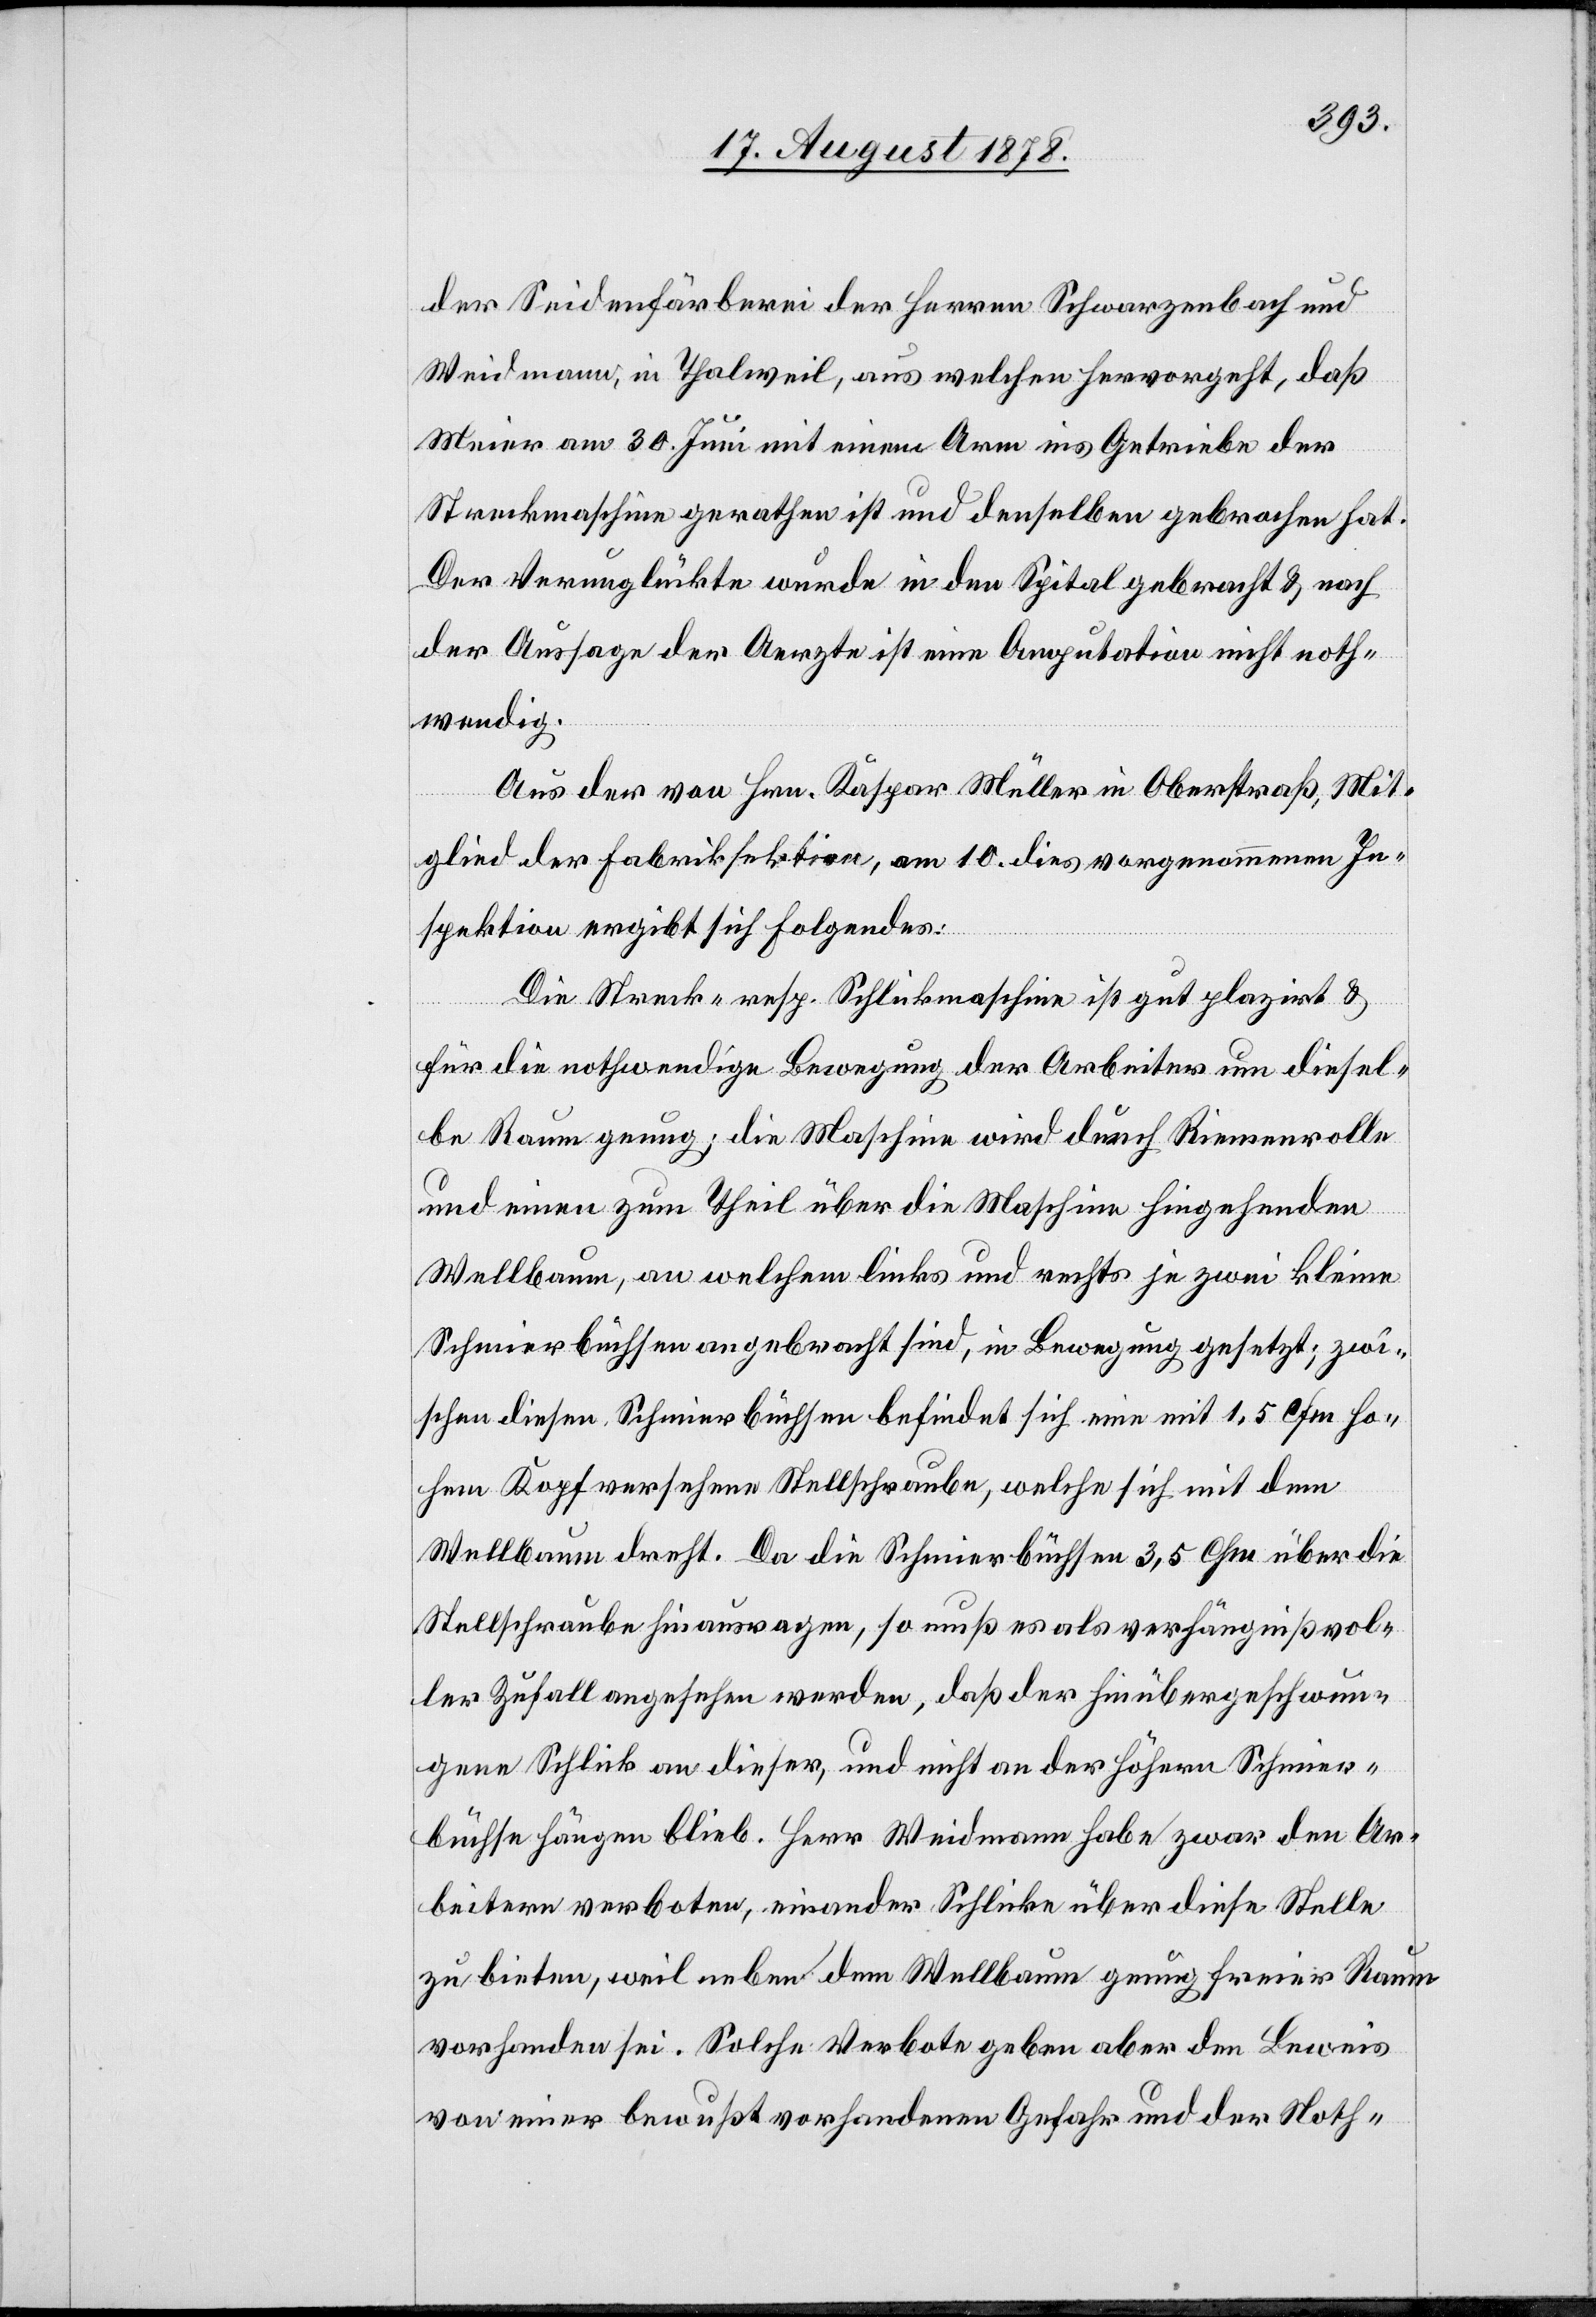
der Seidenfärberei der Herren Schwarzenbach und
Weidmann, in Thalweil, aus welchen hervorgeht, daß
Meier am 30. Juni mit einem Arm ins Getriebe der
Streckmaschine gerathen ist und denselben gebrochen hat.
Der Verunglückte wurde in den Spital gebracht & nach
der Aussage der Aerzte ist eine Amputation nicht noth¬
wendig.
Aus der von Hrn. Kaspar Müller in Oberstraß, Mit¬
glied der Fabriksektion, am 10. dies vorgenommenen In¬
spektion ergibt sich Folgendes:
Die Steck- resp. Schlickmaschine ist gut plazirt &
für die nothwendige Bewegung der Arbeiter um diesel¬
be Raum genug; die Maschine wird durch Riemenrolle
und einen zum Theil über die Maschine hingehenden
Wellbaum, an welchem links und rechts je zwei kleine
Schmierbüchsen angebracht sind, in Bewegung gesetzt; zwi¬
schen diesen Schmierbüchsen befindet sich eine mit 1,5 Cfm ho¬
hen Kopf versehene Stellschraube, welche sich mit dem
Wellbaum dreht. Da die Schmierbüchsen 3,5 Cfm über die
Stellschraube hinausragen, so muß es als verhängnißvol¬
ler Zufall angesehen werden, daß der hinübergeschwun¬
gene Schlick an dieser, und nicht an der höhern Schmier¬
büchse hängen blieb. Herr Weidmann habe zwar den Ar¬
beitern verboten, einander Schlicke über diese Stelle
zu bieten, weil neben dem Wellbaum genug freier Raum
vorhanden sei. Solche Verbote geben aber den Beweis
von einer bewußt vorhandenen Gefahr und der Noth-